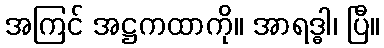
အကြင် အဋ္ဌကထာကို။ အာရဒ္ဓါ၊ ပြီ။